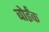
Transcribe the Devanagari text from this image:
बोईंक